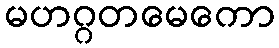
မဟဂ္ဂတမေကော